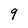
Character: 9